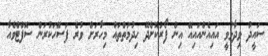
ސައީދު ވިދާޅުވީ އައިއެންއައިއޭ އިން ފޯރުކޮށްދޭ ހިދުމަތްތައް މިހާރަށް ވުރެ ފަސޭހަކުރަން ސޮފްޓްވެއާ